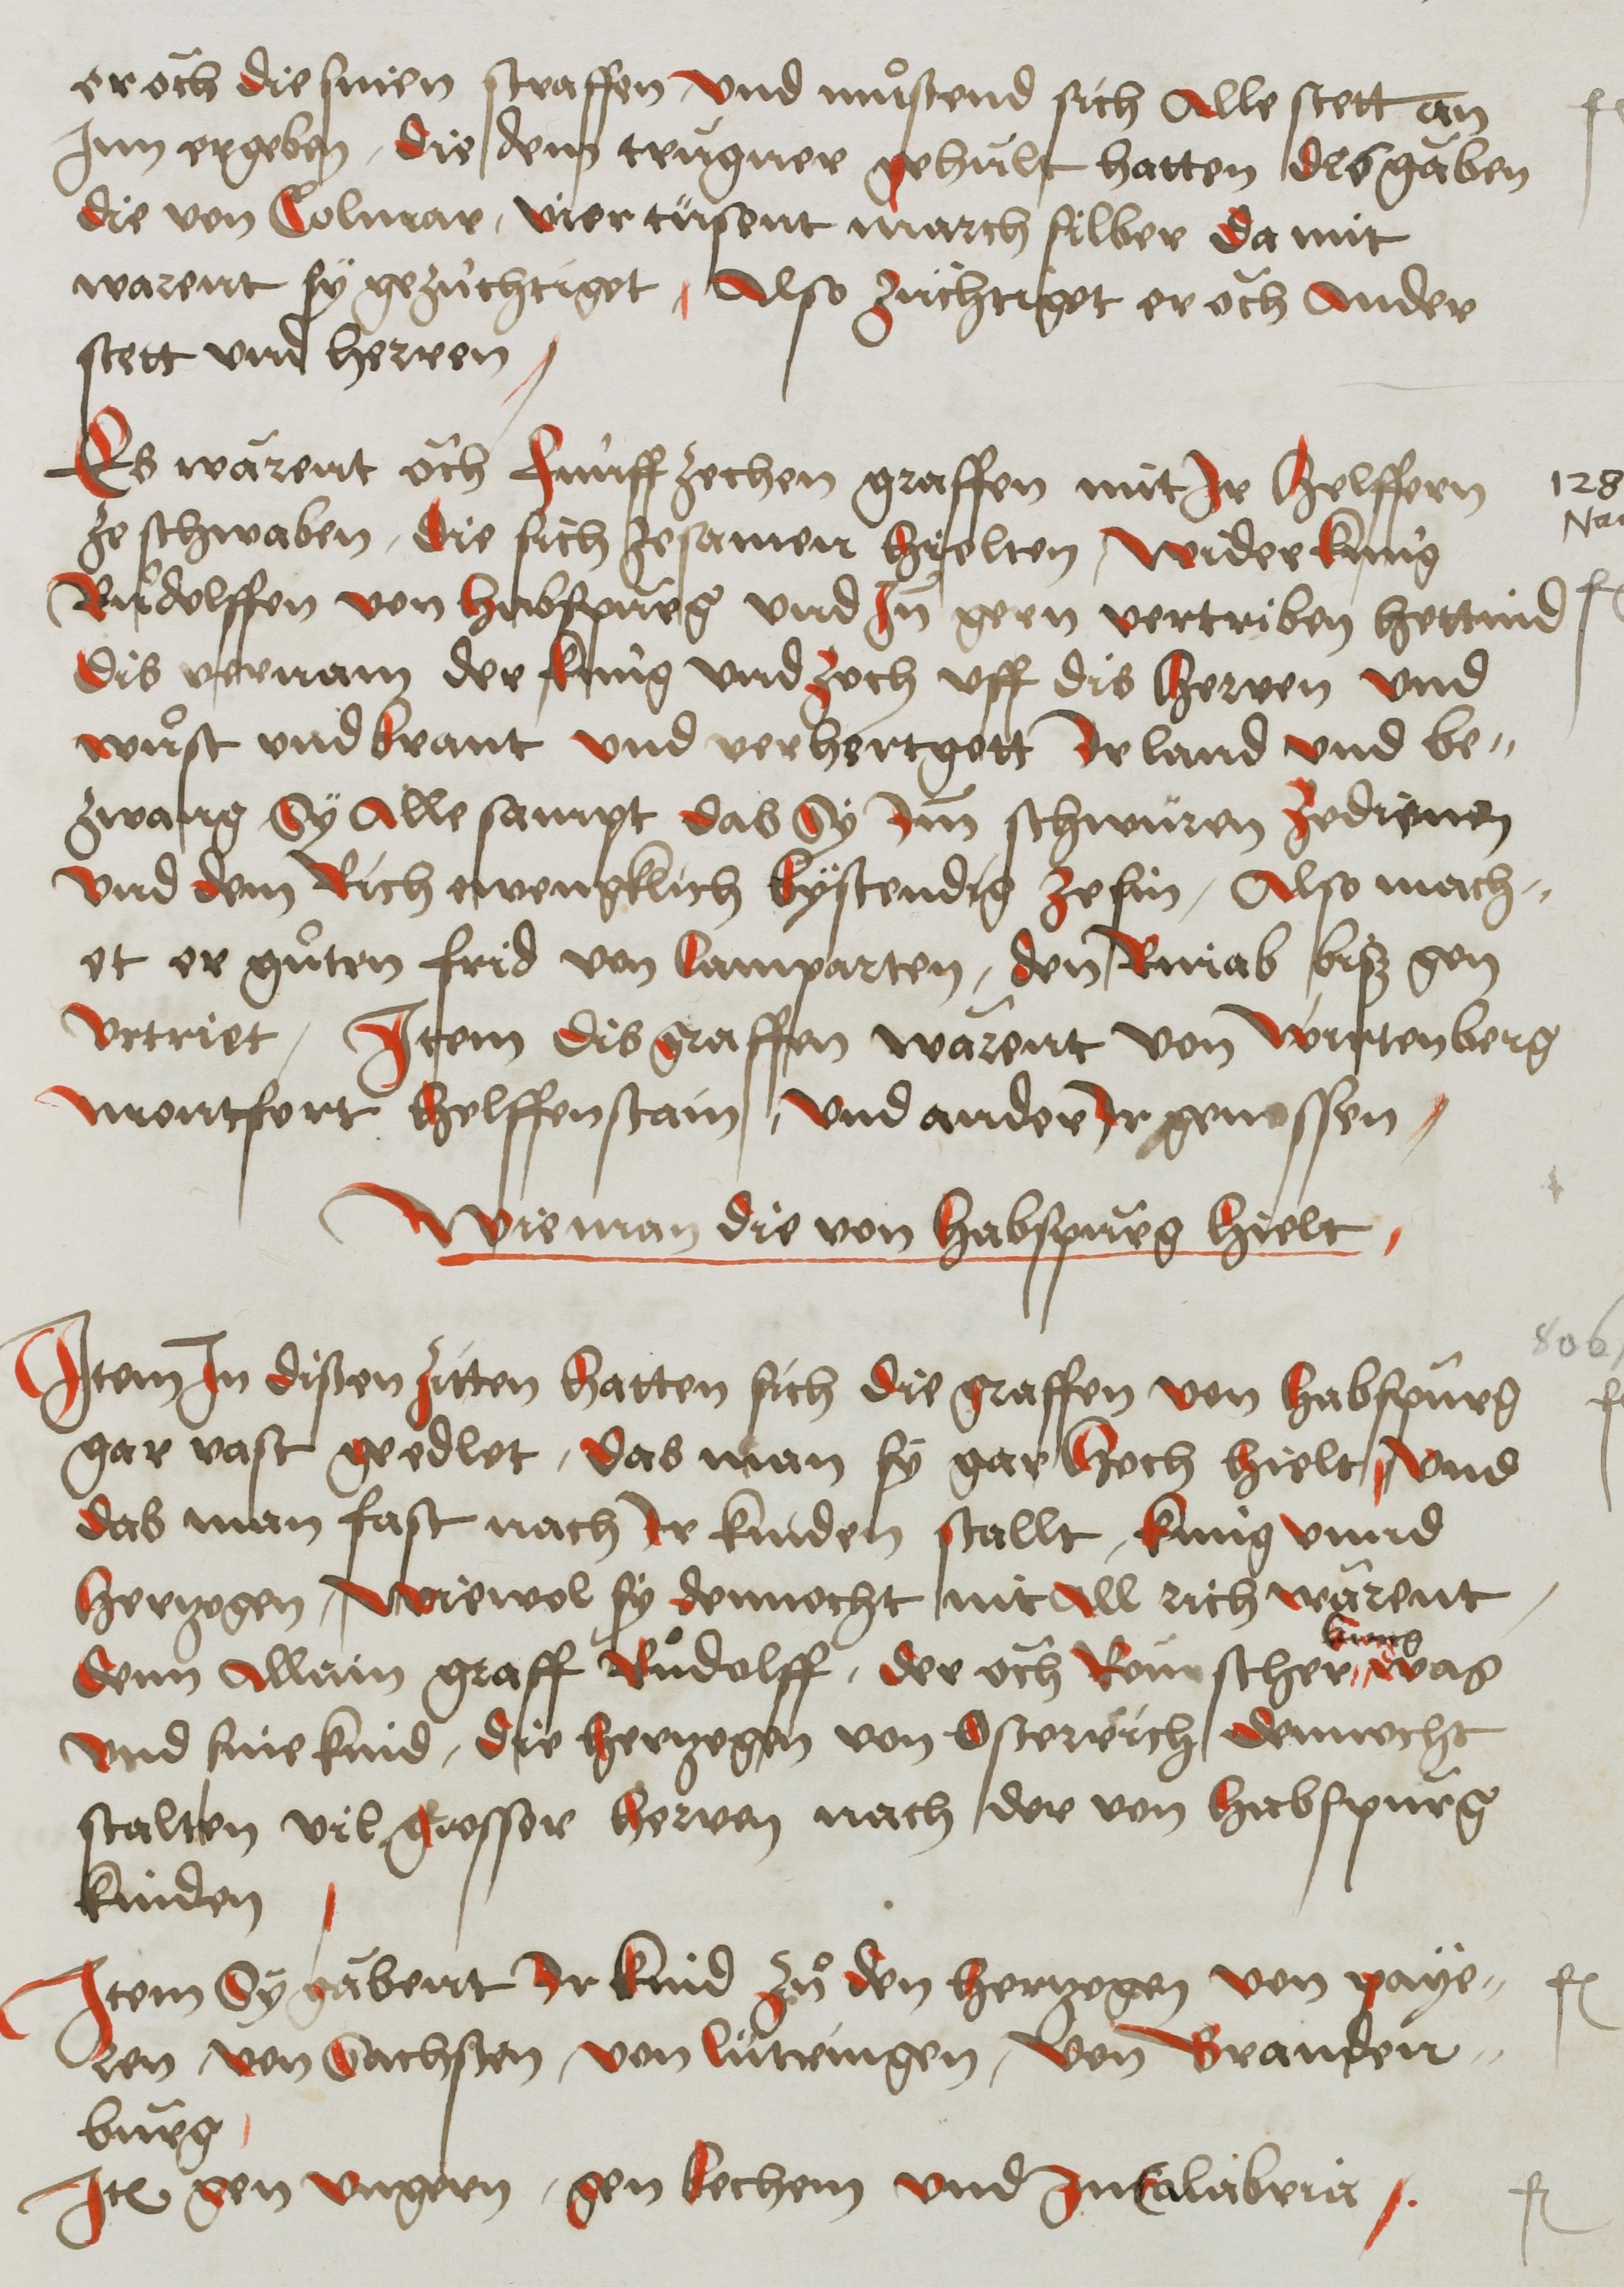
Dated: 1450–1599